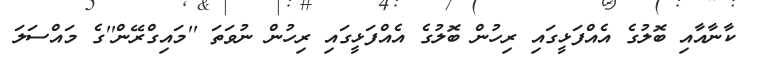
ކާނާއާއި ބޮލުގެ އެއްފަޅީގައި ރިހުން ބޮލުގެ އެއްފަޅީގައި ރިހުން ނުވަތަ ''މައިގްރޭން''ގެ މައްސަލަ